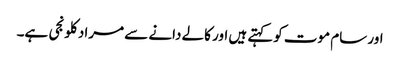
اور سام موت کوکہتے ہیں اور کالے دانے سے مراد کلونجی ہے۔